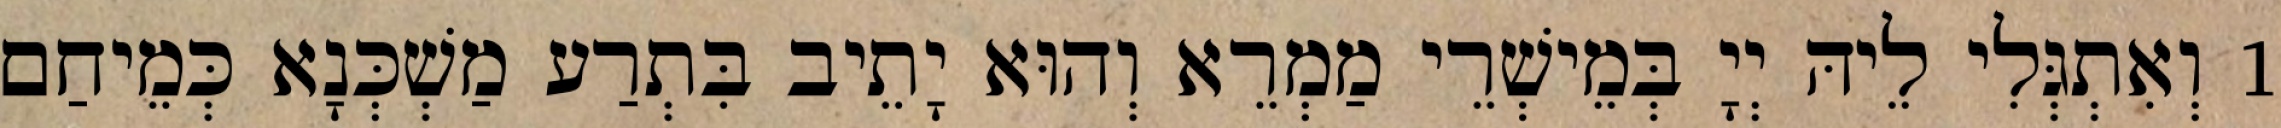
1 וְאִתְגְּלִי לֵיהּ יְיָ בְּמֵישְׁרֵי מַמְרֵא וְהוּא יָתֵיב בִּתְרַע מַשְׁכְּנָא כְּמֵיחַם